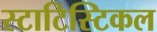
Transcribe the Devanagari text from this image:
स्टाटिस्टिकल